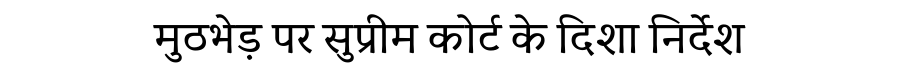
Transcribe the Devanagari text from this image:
मुठभेड़ पर सुप्रीम कोर्ट के दिशा निर्देश